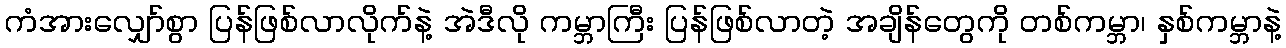
ကံအားလျှော်စွာ ပြန်ဖြစ်လာလိုက်နဲ့ အဲဒီလို ကမ္ဘာကြီး ပြန်ဖြစ်လာတဲ့ အချိန်တွေကို တစ်ကမ္ဘာ၊ နှစ်ကမ္ဘာနဲ့